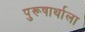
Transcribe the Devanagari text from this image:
पुरूषार्थाला